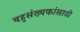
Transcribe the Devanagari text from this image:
बहुसंख्यकांसाठी